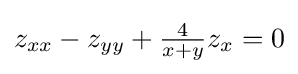
{\textstyle z_{xx}-z_{yy}+{\frac {4}{x+y}}z_{x}=0}